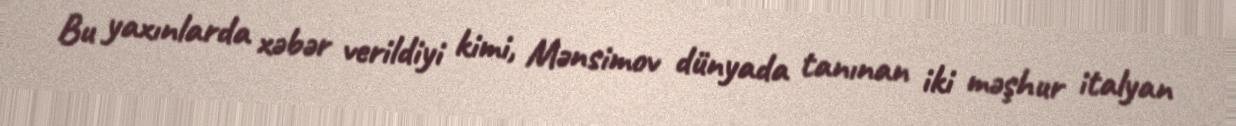
Bu yaxınlarda xəbər verildiyi kimi, Mənsimov dünyada tanınan iki məşhur italyan